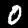
Digit: 0